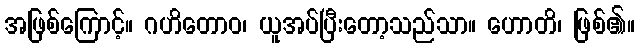
အဖြစ်ကြောင့်။ ဂဟိတောဝ၊ ယူအပ်ပြီးတော့သည်သာ။ ဟောတိ၊ ဖြစ်၏။